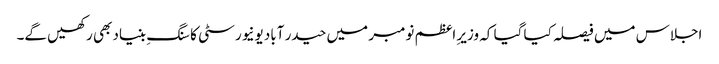
اجلاس میں فیصلہ کیا گیا کہ وزیرِ اعظم نومبر میں حیدر آباد یونیورسٹی کا سنگِ بنیاد بھی رکھیں گے۔